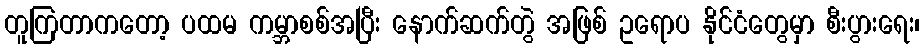
တူကြတာကတော့ ပထမ ကမ္ဘာစစ်အပြီး နောက်ဆက်တွဲ အဖြစ် ဥရောပ နိုင်ငံတွေမှာ စီးပွားရေး၊